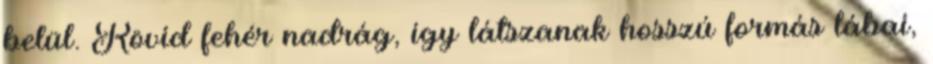
belül. Rövid fehér nadrág, így látszanak hosszú formás lábai,